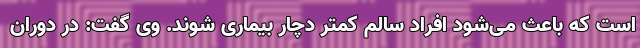
است که باعث می‌شود افراد سالم کمتر دچار بیماری شوند. وی گفت: در دوران